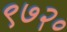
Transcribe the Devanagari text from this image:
९७२०